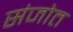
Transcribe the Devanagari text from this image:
संजोत